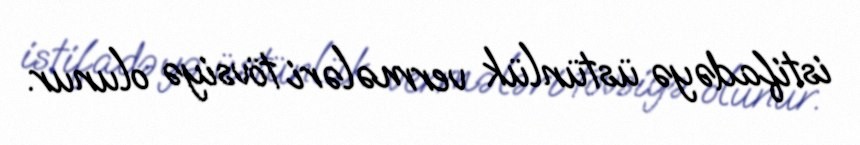
istifadəyə üstünlük vermələri tövsiyə olunur.